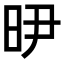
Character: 𭥞